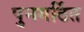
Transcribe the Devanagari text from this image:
पुनगर्ठित